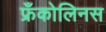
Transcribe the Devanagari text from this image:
फ्रँकोलिनस